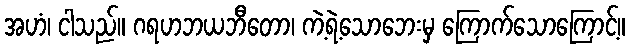
အဟံ၊ ငါသည်။ ဂရဟဘယဘီတော၊ ကဲ့ရဲ့သောဘေးမှ ကြောက်သောကြောင့်။